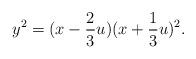
LaTeX: \begin{align*}y^2=(x-\frac {2}{3}u)(x+\frac {1}{3}u)^2.\end{align*}